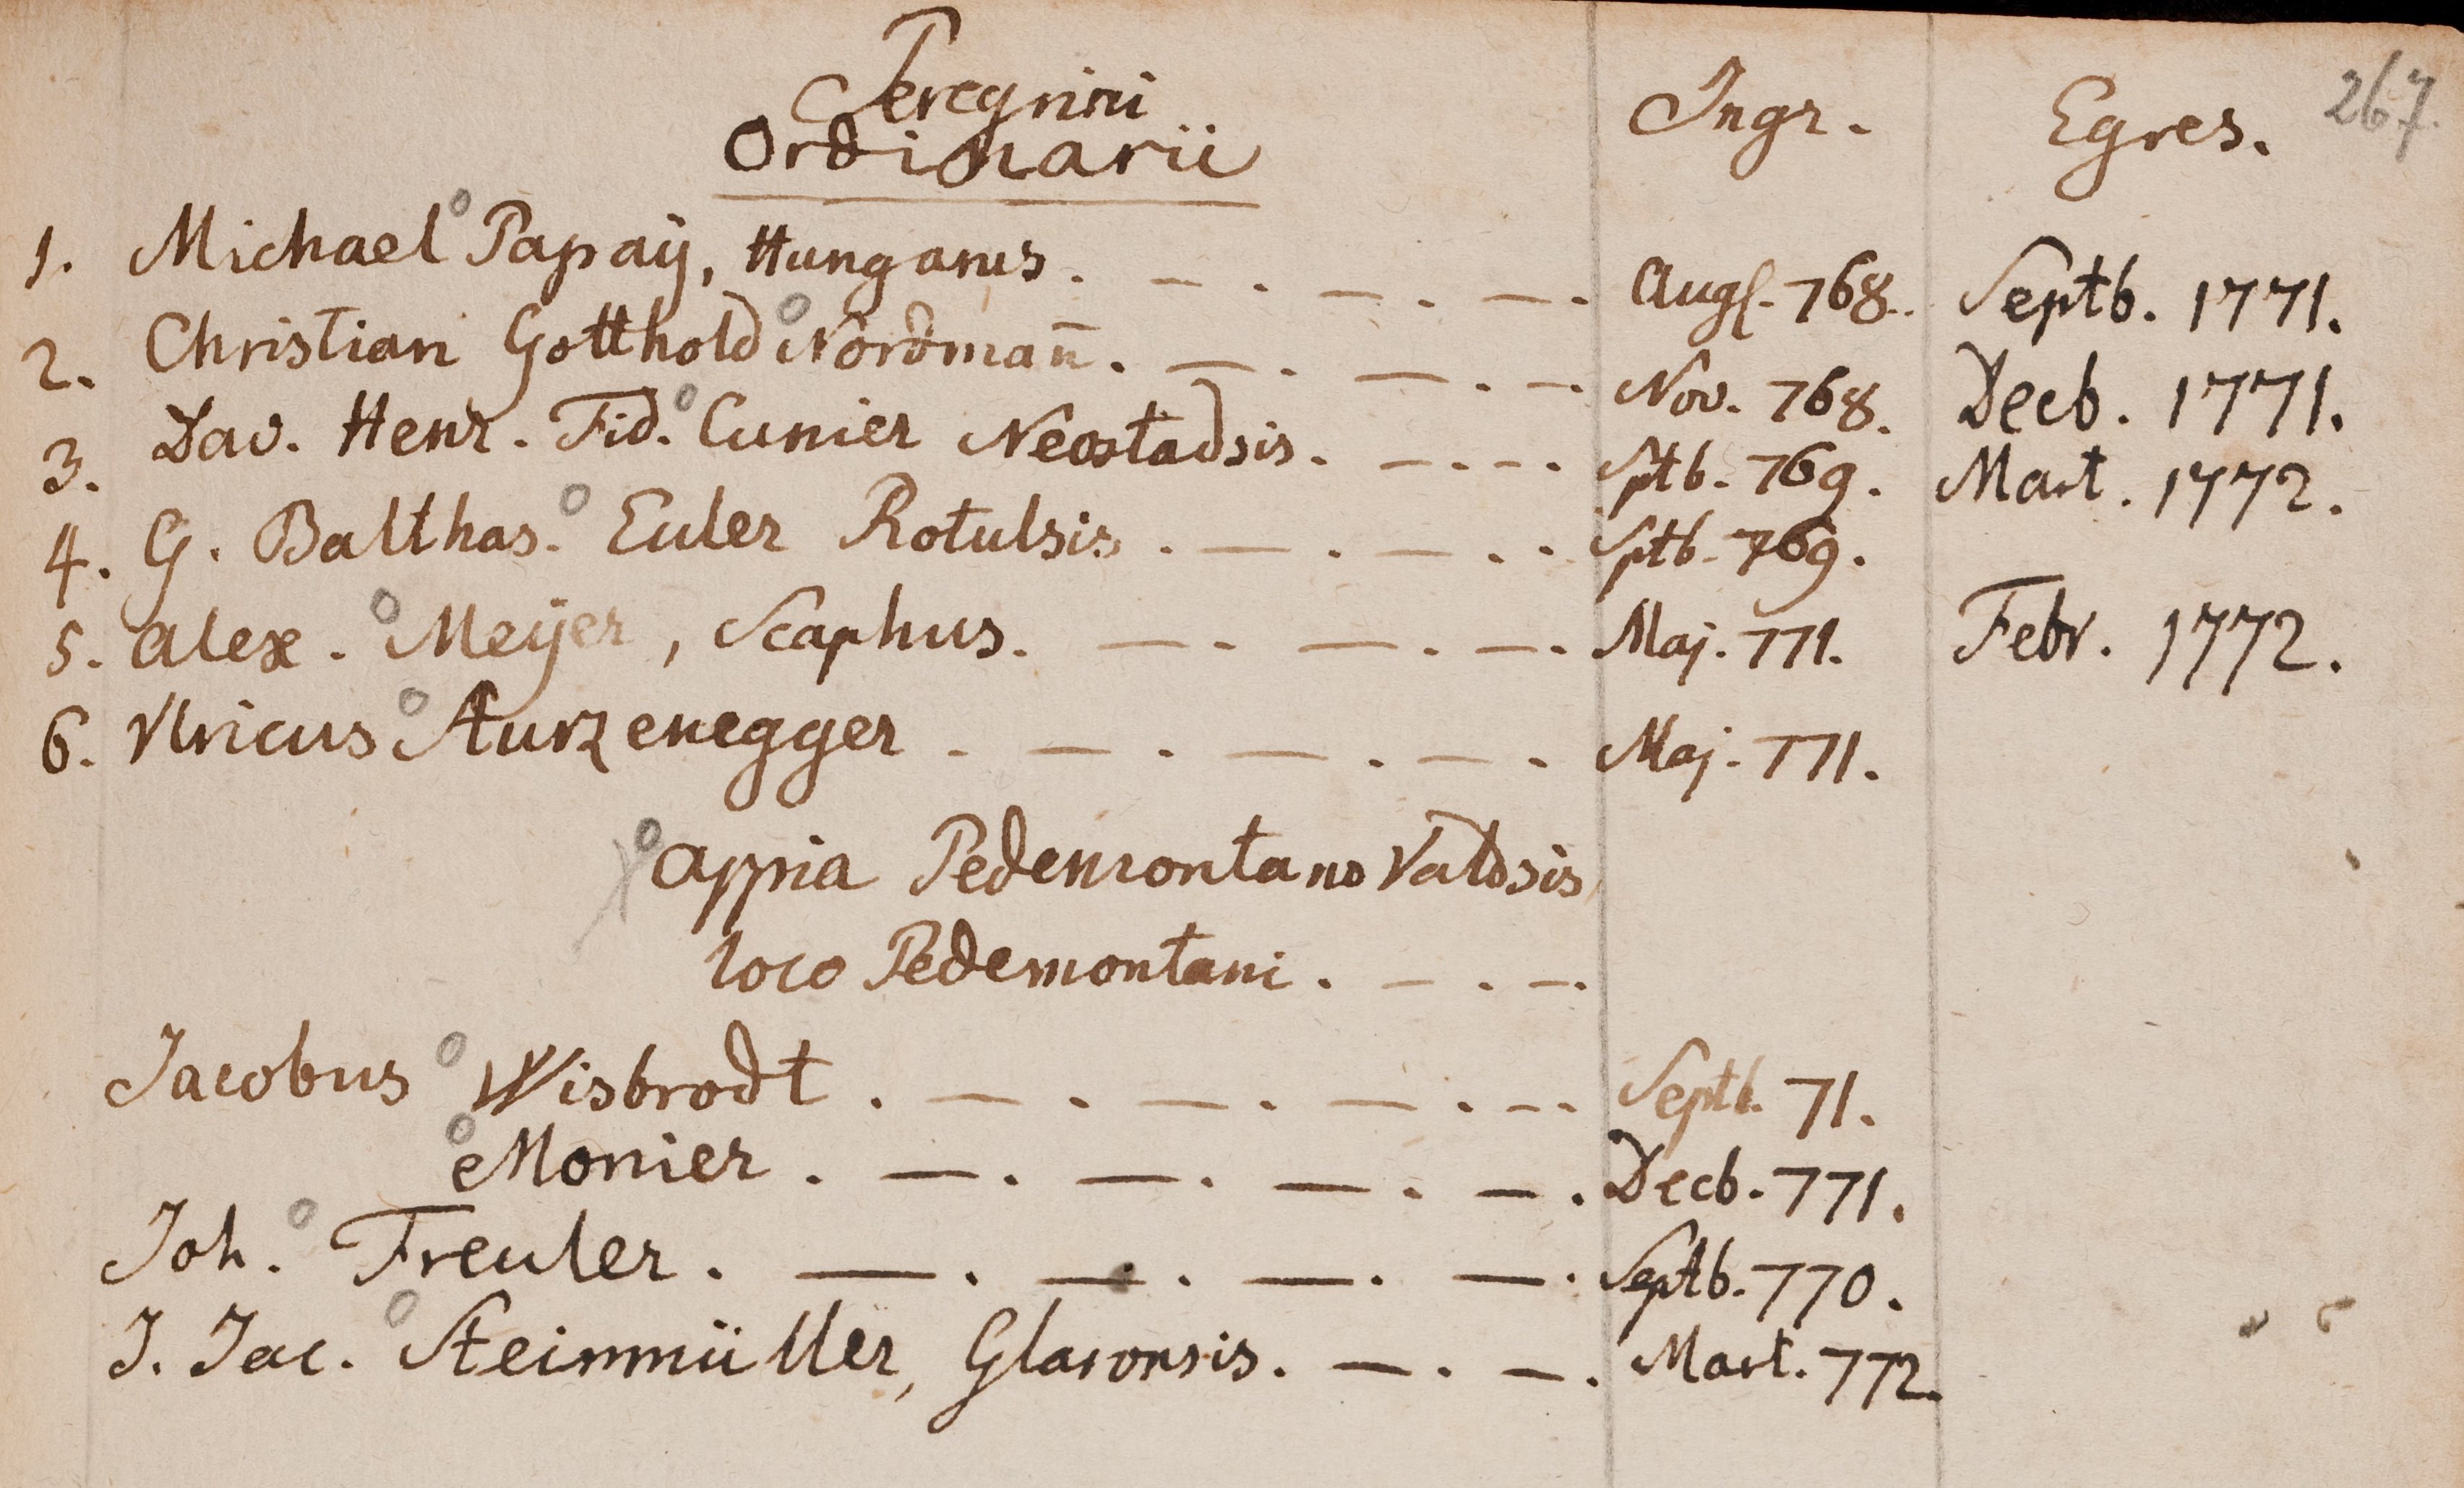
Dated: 1599–1789